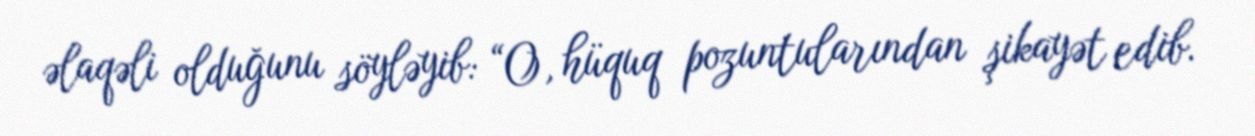
əlaqəli olduğunu söyləyib: “O, hüquq pozuntularından şikayət edib.